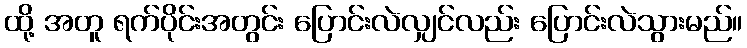
ထို့ အတူ ရက်ပိုင်းအတွင်း ပြောင်းလဲလျှင်လည်း ပြောင်းလဲသွားမည်။